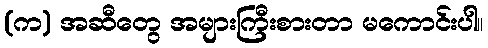
(က) အဆီတွေ အများကြီးစားတာ မကောင်းပါ။